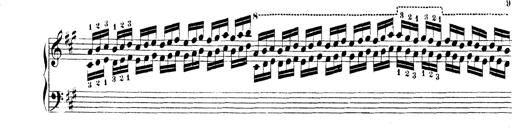
Title: Technische Studien
Composer: Franz Liszt